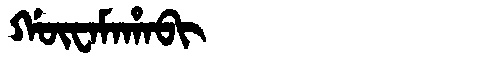
Manchu: ᡤᡡᠸᠠᠮᠠᡥᠠᠪᡳ
Romanization: GŪWAMAHABI